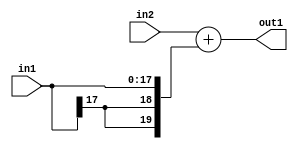
`timescale 1ps / 1ps
/*****************************************************************************
    Verilog RTL Description
    
    
    Created by: Stratus DpOpt 2019.1.01 
*******************************************************************************/

module SobelFilter_Add_20Sx18S_20S_4 (
	in2,
	in1,
	out1
	); /* architecture "behavioural" */ 
input [19:0] in2;
input [17:0] in1;
output [19:0] out1;
wire [19:0] asc001;

assign asc001 = 
	+(in2)
	+({{2{in1[17]}}, in1});

assign out1 = asc001;
endmodule

/* CADENCE  ubPySgA= : u9/ySgnWtBlWxVPRXgAZ4Og= ** DO NOT EDIT THIS LINE ******/